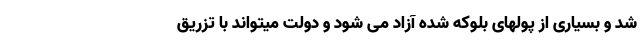
شد و بسیاری از پولهای بلوکه شده آزاد می شود و دولت میتواند با تزریق